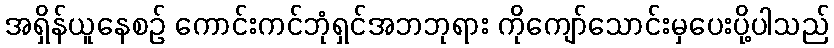
အရှိန်ယူနေစဉ် ကောင်းကင်ဘုံရှင်အဘဘုရား ကိုကျော်သောင်းမှပေးပို့ပါသည်